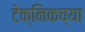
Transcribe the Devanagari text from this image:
टेक्निकच्या